Annual report of the Bengal Veterinary College and of the Civil Veterinary Department, Bengal, for the year 1914-1915 - 1914-1915
Year: 1914
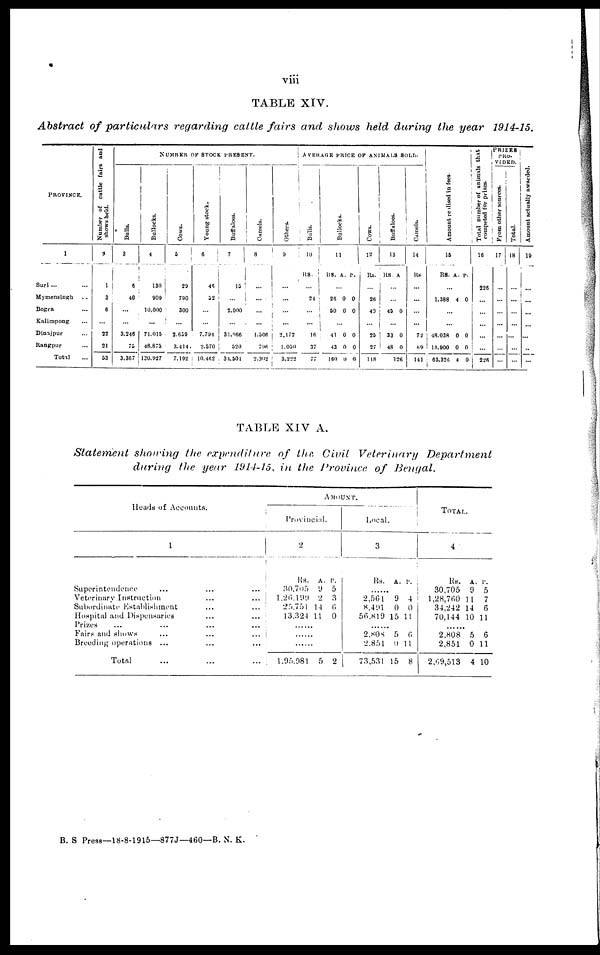
viii
TABLE XIV.
Abstract of particulars regarding cattle fairs and shows held during the year 1914-15.
PROVINCE.
1
Suri ... ...
Mymensingh ...
Bogra
Kalimpong ...
Dinajpur
Rangpur ...
Total ...
Number of cattle fairs and
shows held.
2
1
3
6
...
22
21
53
NUMBER OF STOCK PRESENT.
Bulls.
3
6
40
...
...
3,246
75
3,367
Bullocks.
4
130
909
10,000
...
71.015
48,873
130,927
Cows.
5
29
790
300
...
2.659
3,414
7,192
Young stock.
46
52
...
...
7,794
2,570
10,462
Buffaloes.
7
15
...
2,000
...
34,966
520
34,504
Camels.
8
...
...
...
...
1,506
796
2,302
Others.
...
...
...
...
2,172
1.050
3,222
AVERAGE PRICE OF ANIMALS SOLD.
Bulls.
10
RS.
...
24
...
16
37
77
Bullocks.
11
RS. A. P.
...
26 0 0
50 0 0
...
41 0 0
43 0 0
160 0 0
Cows.
12
Rs.
...
26
40
...
25
27
118
Buffaloes.
13
RS. A
...
...
45 0
...
33 0
48 0
126
Camels.
14
Rs.
...
...
...
...
72
69
141
Amo u n t r eal i sed in fees.
15
RS. A. P.
...
1,388 4 0
...
...
48,038 0 0
13,900 0 0
63,326 4 0
Total number of animals that
competed for prizes.
16
226
...
...
...
...
...
226
PRIZES
PRO-
VIDED.
From other sources.
17
...
...
...
...
...
...
...
Total.
18
...
...
...
...
...
...
...
Amo u n t actually awarded
19
...
...
...
...
...
..
...
TABLE XIV A.
Statement showing the expenditure of the Civil Veterinary
Department
during the year 1914-15, in the Province of Bengal.
Heads of Accounts.
1
Superintendence ... ...
... Veterinary Instruction ...
... Subordinate Establishment ...
... Hospital and Dispensaries ...
...
Prizes ... ... ...
...
Fairs and shows ... ...
... Breeding operations ... ..
...
Total ... ...
...
AMOUNT.
Provincial.
2
Rs. A. P.
30,705 9 5
1,26,199 2 3
25,754 14 6
13,324 11 0
......
......
1,95,981 5 2
Local.
3
Rs. A. P.
2,561 9 4
8,491 0 0
56,819 15 11
......
2,808
5 6
2,851 0 11
|
73,531 15 8
TOTAL.
4
Rs. A. P.
30,705 9 5
l,28,760 11 7
34,242 14 6
70,144 10 11
2,808 5 6
2,851 0 11
2,69,513 4 10
B. S Press—18-8-1915—877J—460—B. N. K.